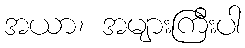
အယာ၊ အများကြီးပါ